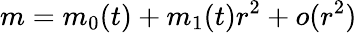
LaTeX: m=m_{0}(t)+m_{1}(t)r^{2}+o(r^{2})